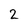
Character: 2